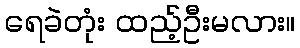
ရေခဲတုံး ထည့်ဦးမလား။